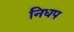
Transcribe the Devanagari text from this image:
निधप